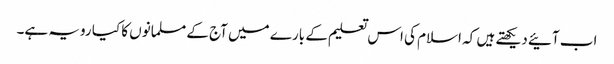
اب آئیے دیکھتے ہیں کہ اسلام کی اس تعلیم کے بارے میں آج کے مسلمانوں کا کیا رویہ ہے۔